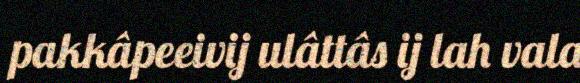
pakkâpeeivij ulâttâs ij lah vala